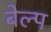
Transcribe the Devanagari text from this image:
बेल्प